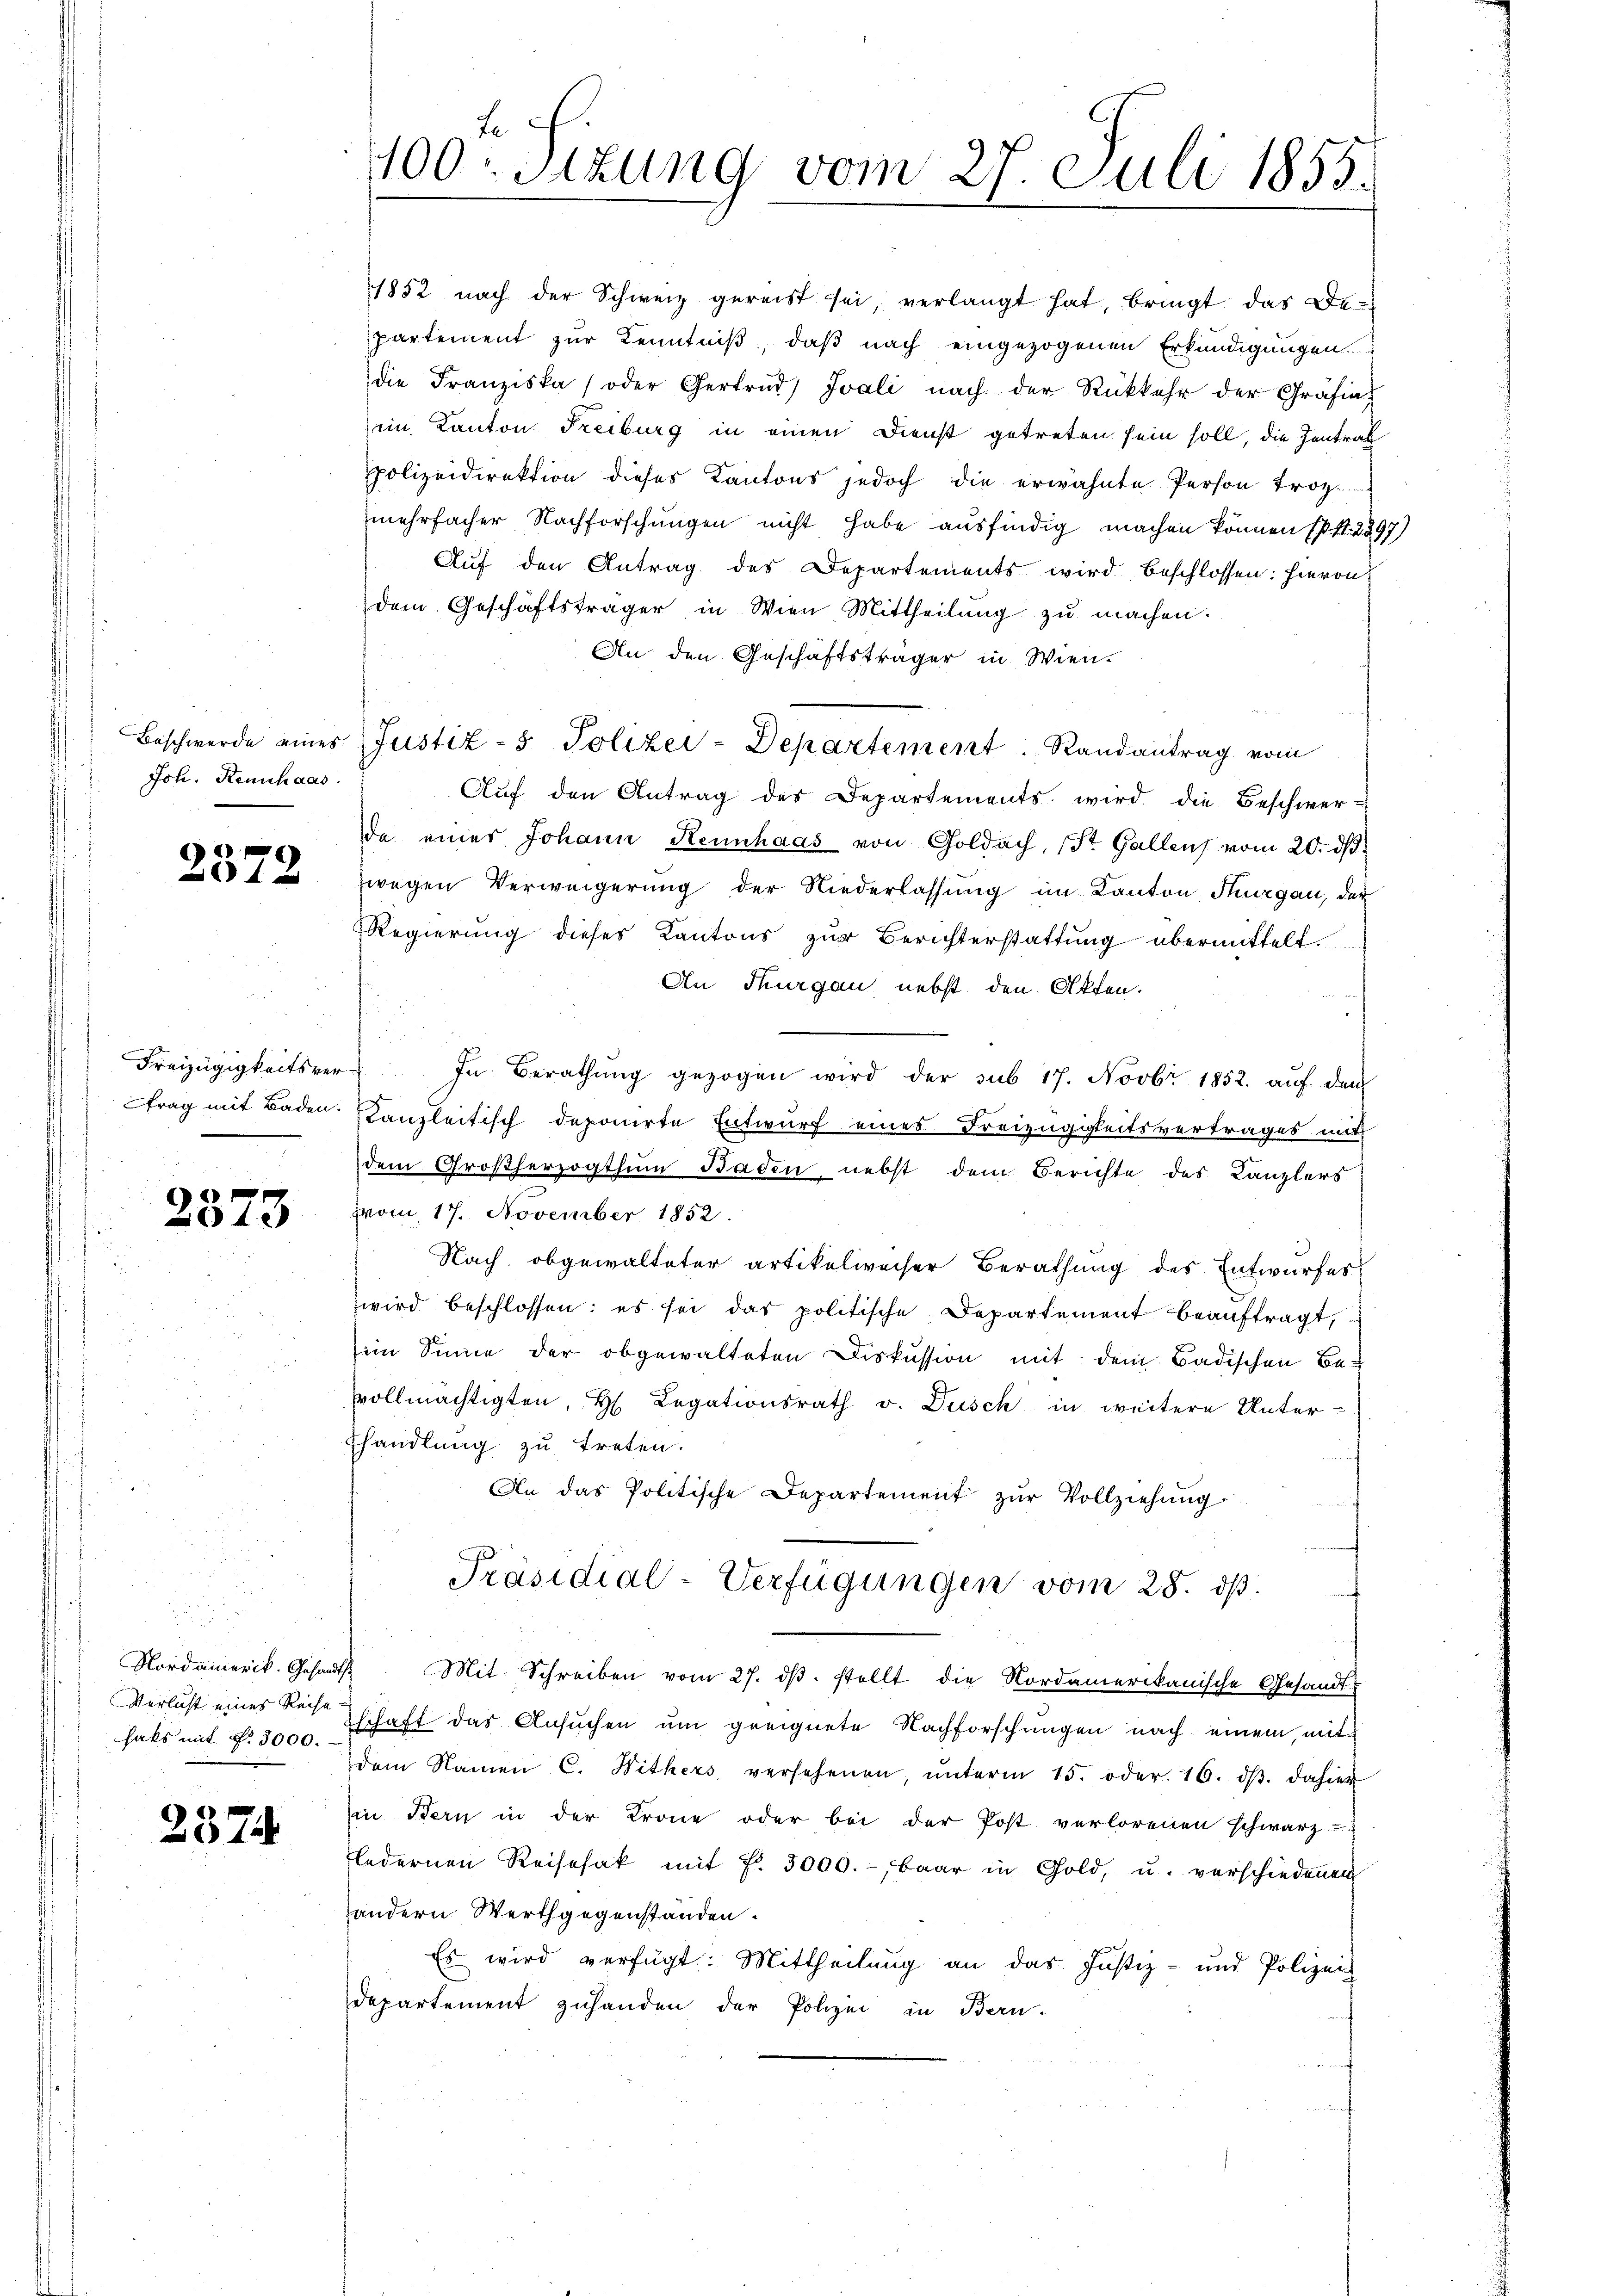
Joh. Rennhaas.

2372

trag mit Baden.

2373

Nordamerik. Gesandt
Verlust eines Reise.
hats mit §. 3000.

2374

Le
100: Sitzung vom 27. Juli 1855.

1852 nach der Schweiz gereist sei, verlangt hat, bringt das De-
partement zur Kenntniß, daß nach eingezogenen Erkundigungen.
die Franziska, oder Gertrud Ivali nach der Rückkehr der Gräfiat
im Kanton Freiburg in einen Dienst getreten sein soll, die Zentral
polizeidirektion dieses Kantons jedoch die erwähnte Person troz.
mehrfacher Nachforschungen nicht habe ausfindig machen können (s. S. 2297
Auf den Antrag des Departements wird beschlossen: hievon
dem Geschäftsträger in Wien Mittheilung zu machen.
An den Geschäftsträger in Wien.
Beschwerde eines Justiz- & Polizei-Departement. Randantrag vom
Auf den Antrag des Departements wird die Beschwer-
da einer Johann Reinhaas von Goldach, St. Gallen vom 20. d.
zwegen Verweigerung der Niederlassung im Kanton Thurgau, der
Regierung dieses Kantons zŭr Berichterstattung übermittelt.
An Thurgau nebst den Akten.
u
Freizügigkeitsver- In Berathŭng gezogen wird der sub 17. Novbr 1852. aŭf den
Kanzleitisch deponirte Entwurf eines Freizügigkeitsvertrages mit
dem Großherzogthum Baden, nebst dem Berichte des Kanzlers
vom 17. November 1852.
Nach, obgewalteter artikelweiser Berathung des Entwurfes
wird beschlossen: es sei das politische Departement beaŭftragt,
im Sinne der obgewalteten Diskussion mit dem Badischen Bevvollmächtigten, H. Legationsrath v. Dusch in weitere Unter-
Ehandlung zu treten.
An das Politische Departement zŭr Vollziehŭng
Präsidial-Verfügungen vom 28. dβ.
4 Mit Schreiben vom 27. dβ. stellt die Nordamerikanische Gesandt-
schaft das Ansuchen um geeignete Nachforschungen nach einem mit
dem Namen C. Withers versehenen, ŭnterm 15. oder. 16. dβ dahier
in Bern in der Krone oder bei der Post verlorenen schwarz-
ledernen Reisesak mit Fr. 3000.-, baar in Gold, u. verschiedenen
andern Werthgegenstanden.
Es wird verfügt: Mittheilung an das Justiz- und Polizeis
Departement zuhanden der Polizei in Bern.